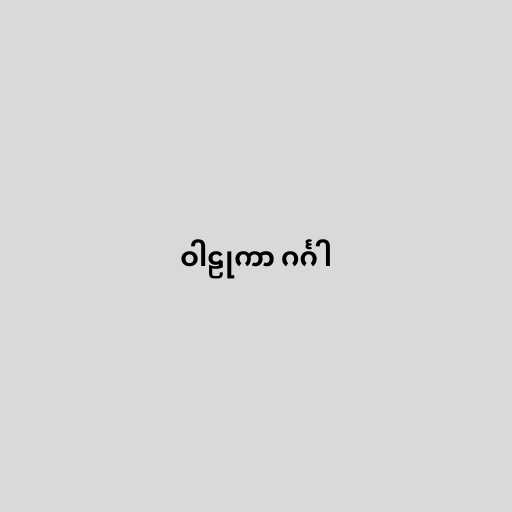
ဝါဠုကာ ဂင်္ဂါ